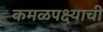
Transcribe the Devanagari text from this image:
कमळपक्ष्याची